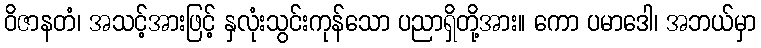
ဝိဇာနတံ၊ အသင့်အားဖြင့် နှလုံးသွင်းကုန်သော ပညာရှိတို့အား။ ကော ပမာဒေါ၊ အဘယ်မှာ